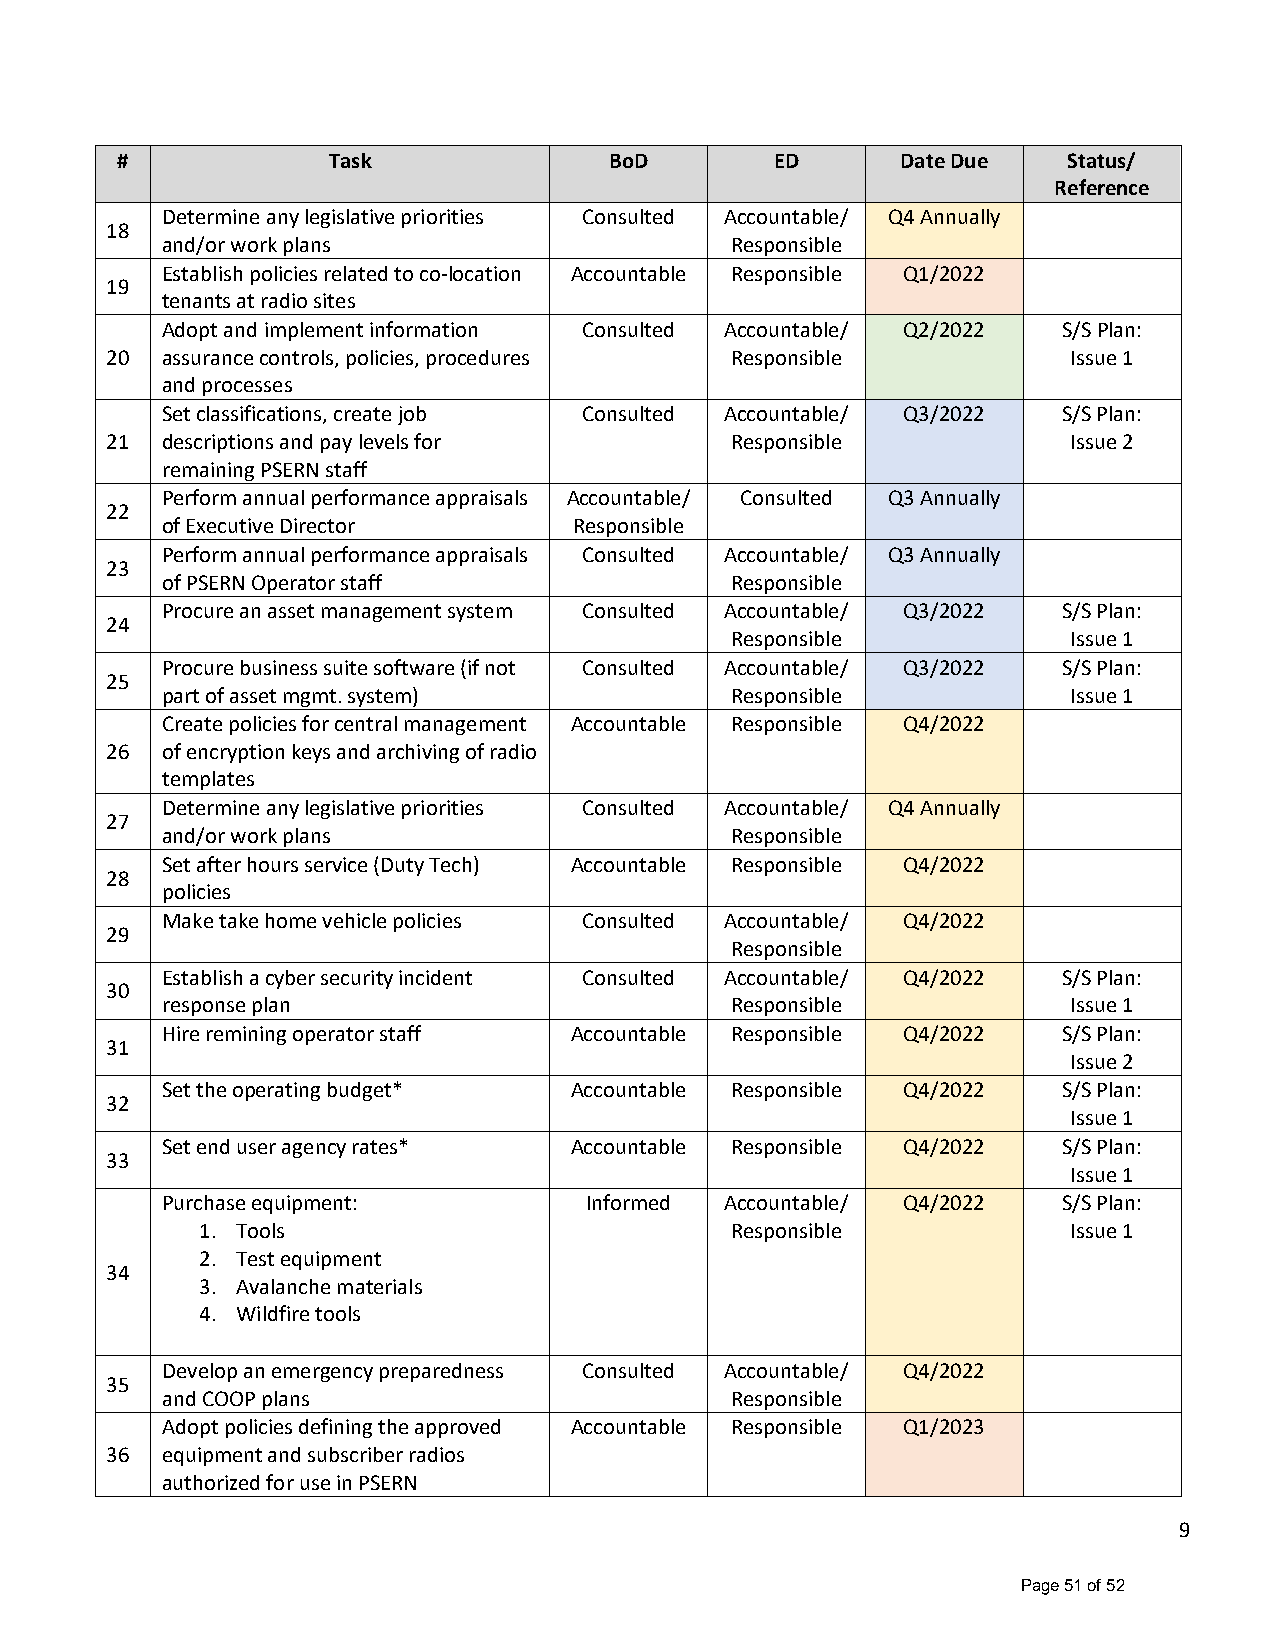
#             Task              BoD        ED       Date Due   Status/
 Reference
 Determine any legislative priorities Consulted Accountable/ Q4 Annually
 18
 and/or work plans                    Responsible
 Establish policies related to co-location Accountable Responsible Q1/2022
 19
 tenants at radio sites
 Adopt and implement information Consulted Accountable/ Q2/2022 S/S Plan:
 20  assurance controls, policies, procedures Responsible        Issue 1
 and processes
 Set classifications, create job Consulted Accountable/ Q3/2022 S/S Plan:
 21  descriptions and pay levels for      Responsible            Issue 2
 remaining PSERN staff
 Perform annual performance appraisals Accountable/ Consulted Q3 Annually
 22
 of Executive Director      Responsible
 Perform annual performance appraisals Consulted Accountable/ Q3 Annually
 23
 of PSERN Operator staff              Responsible
 Procure an asset management system Consulted Accountable/ Q3/2022 S/S Plan:
 24
 Responsible            Issue 1
 Procure business suite software (if not Consulted Accountable/ Q3/2022 S/S Plan:
 25
 part of asset mgmt. system)          Responsible            Issue 1
 Create policies for central management Accountable Responsible Q4/2022
 26  of encryption keys and archiving of radio
 templates
 Determine any legislative priorities Consulted Accountable/ Q4 Annually
 27
 and/or work plans                    Responsible
 Set after hours service (Duty Tech) Accountable Responsible Q4/2022
 28
 policies
 Make take home vehicle policies Consulted Accountable/ Q4/2022
 29
 Responsible
 Establish a cyber security incident Consulted Accountable/ Q4/2022 S/S Plan:
 30
 response plan                        Responsible            Issue 1
 Hire remining operator staff Accountable Responsible Q4/2022 S/S Plan:
 31
 Issue 2
 Set the operating budget*  Accountable Responsible Q4/2022 S/S Plan:
 32
 Issue 1
 Set end user agency rates* Accountable Responsible Q4/2022 S/S Plan:
 33
 Issue 1
 Purchase equipment:         Informed Accountable/ Q4/2022  S/S Plan:
 1. Tools                           Responsible            Issue 1
 2. Test equipment
 34
 3. Avalanche materials
 4. Wildfire tools
 Develop an emergency preparedness Consulted Accountable/ Q4/2022
 35
 and COOP plans                       Responsible
 Adopt policies defining the approved Accountable Responsible Q1/2023
 36  equipment and subscriber radios
 authorized for use in PSERN
 9
 Page 51 of 52